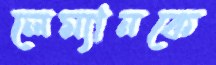
লেম্যানকে